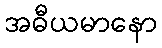
အဓီယမာနော